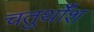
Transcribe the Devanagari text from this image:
चतुर्थाँश